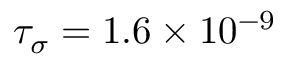
\tau _ { \sigma } = 1 . 6 \times 1 0 ^ { - 9 }